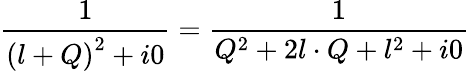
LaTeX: \frac{1}{\left(l+Q\right)^{2}+i0}=\frac{1}{Q^{2}+2l\cdot Q+l^{2}+i0}